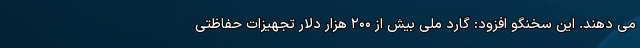
می دهند. این سخنگو افزود: گارد ملی بیش از ۲۰۰ هزار دلار تجهیزات حفاظتی